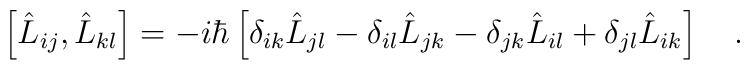
\left[\hat{L}_{ij},\hat{L}_{kl}\right]=-i\hbar\left[\delta_{ik}\hat{L}_{jl}-\delta_{il}\hat{L}_{jk}-\delta_{jk}\hat{L}_{il}+\delta_{jl}\hat{L}_{ik}\right]\ \ \ .